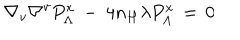
LaTeX: \nabla _ { v } \nabla ^ { v } P _ { \Lambda } ^ { x } \, - \ 4 n _ { H } \lambda P _ { \Lambda } ^ { x } \, = \, 0